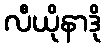
လီယိုနာဒို